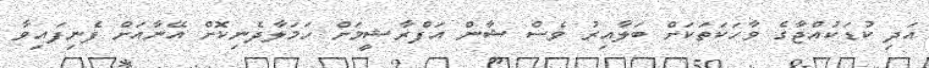
އަދި ކުޑަކުއްޖާގެ ވާހަކަތަކަށް ބަލާއިރު ވެސް ޝާން އަފްރާޝީމަށް ހަމަލާދެނިކޮށް އޭނާއަށް ފެނިފައިވާ